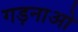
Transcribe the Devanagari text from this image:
गड़नाओ